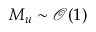
M _ { u } \sim \mathcal { O } ( 1 )